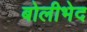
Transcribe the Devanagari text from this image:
बोलीभेद